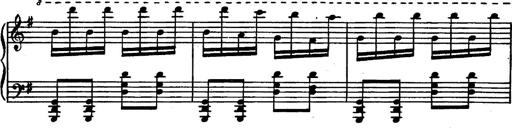
Title: Magyar rapszÃ³diÃ¡k
Composer: Franz Liszt